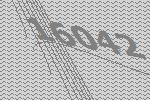
16042